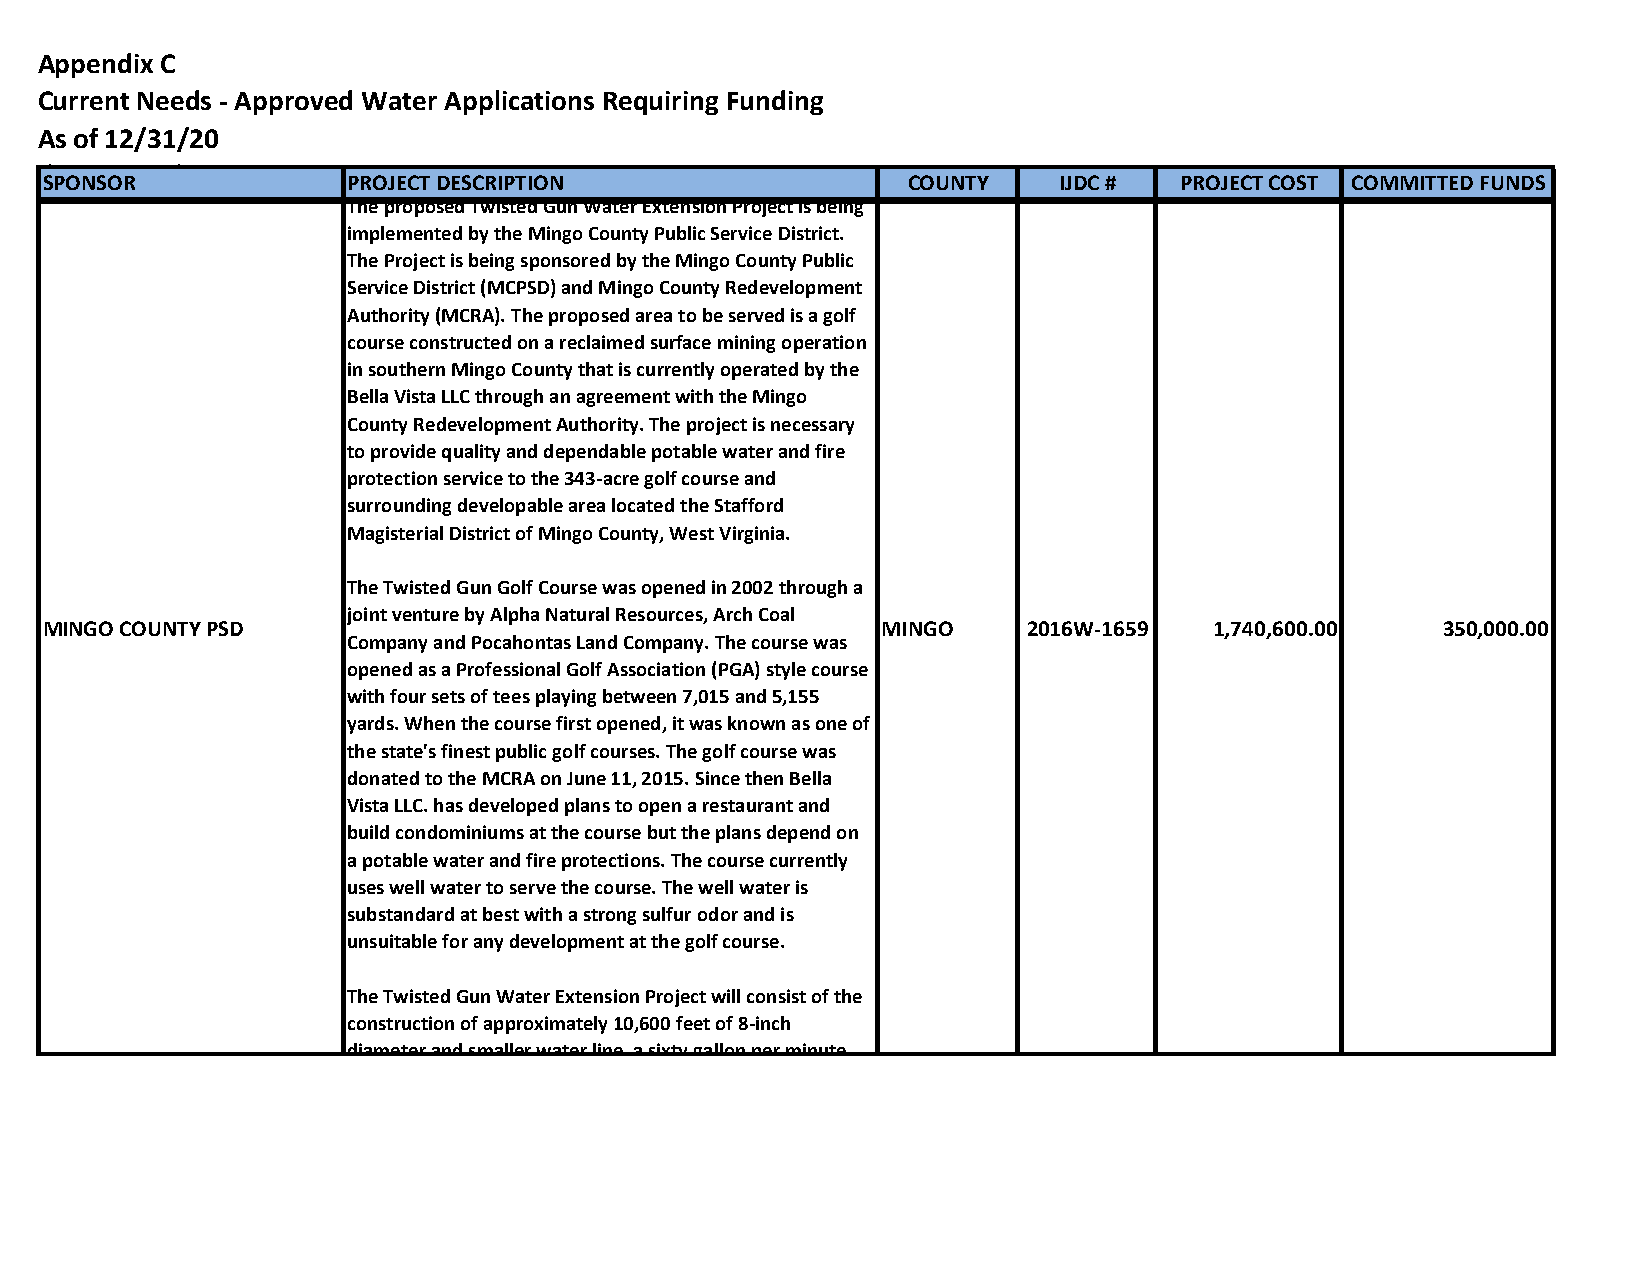
Appendix C
 Current Needs - Approved Water Applications Requiring Funding
 As of 12/31/20
 (By County)
 SPONSOR             PROJECT DESCRIPTION                  COUNTY    IJDC #  PROJECT COST COMMITTED FUNDS
 The proposed Twisted Gun Water Extension Project is being
 implemented by the Mingo County Public Service District.
 The Project is being sponsored by the Mingo County Public
 Service District (MCPSD) and Mingo County Redevelopment
 Authority (MCRA). The proposed area to be served is a golf
 course constructed on a reclaimed surface mining operation
 in southern Mingo County that is currently operated by the
 Bella Vista LLC through an agreement with the Mingo
 County Redevelopment Authority. The project is necessary
 to provide quality and dependable potable water and fire
 protection service to the 343-acre golf course and
 surrounding developable area located the Stafford
 Magisterial District of Mingo County, West Virginia.
 The Twisted Gun Golf Course was opened in 2002 through a
 joint venture by Alpha Natural Resources, Arch Coal
 MINGO COUNTY PSD                                       MINGO     2016W-1659  1,740,600.00   350,000.00
 Company and Pocahontas Land Company. The course was
 opened as a Professional Golf Association (PGA) style course
 with four sets of tees playing between 7,015 and 5,155
 yards. When the course first opened, it was known as one of
 the state's finest public golf courses. The golf course was
 donated to the MCRA on June 11, 2015. Since then Bella
 Vista LLC. has developed plans to open a restaurant and
 build condominiums at the course but the plans depend on
 a potable water and fire protections. The course currently
 uses well water to serve the course. The well water is
 substandard at best with a strong sulfur odor and is
 unsuitable for any development at the golf course.
 The Twisted Gun Water Extension Project will consist of the
 construction of approximately 10,600 feet of 8-inch
 diameter and smaller water line, a sixty gallon per minute